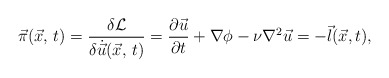
\begin{align*}\vec \pi(\vec x,\,t) ={{\delta {\cal L}}\over{\delta \dot {\vec u}}(\vec x,\,t)}={{\partial\vec u}\over {\partial t}} +\nabla\phi -\nu \nabla^2 \vec u=-\vec l(\vec x,t),\end{align*}